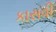
કાસવી